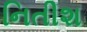
નિતીશ